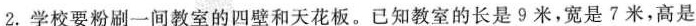
2.学校要粉刷一间教室的四壁和天花板。已知教室的长是9米，宽是?米，高是